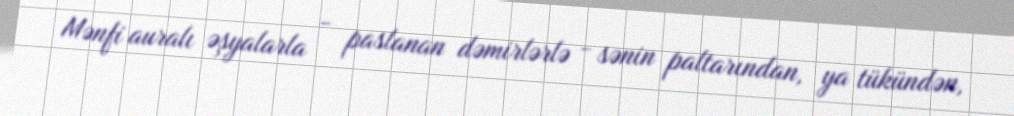
Mənfi auralı əşyalarla - paslanan dəmirlərlə - sənin paltarından, ya tükündən,